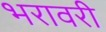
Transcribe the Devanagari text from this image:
भरावरी